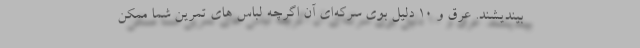
بیندیشند. عرق و 10 دلیل بوی سرکه‌ای آن اگرچه لباس های تمرین شما ممکن